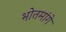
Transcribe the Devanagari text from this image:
भोतमांगे